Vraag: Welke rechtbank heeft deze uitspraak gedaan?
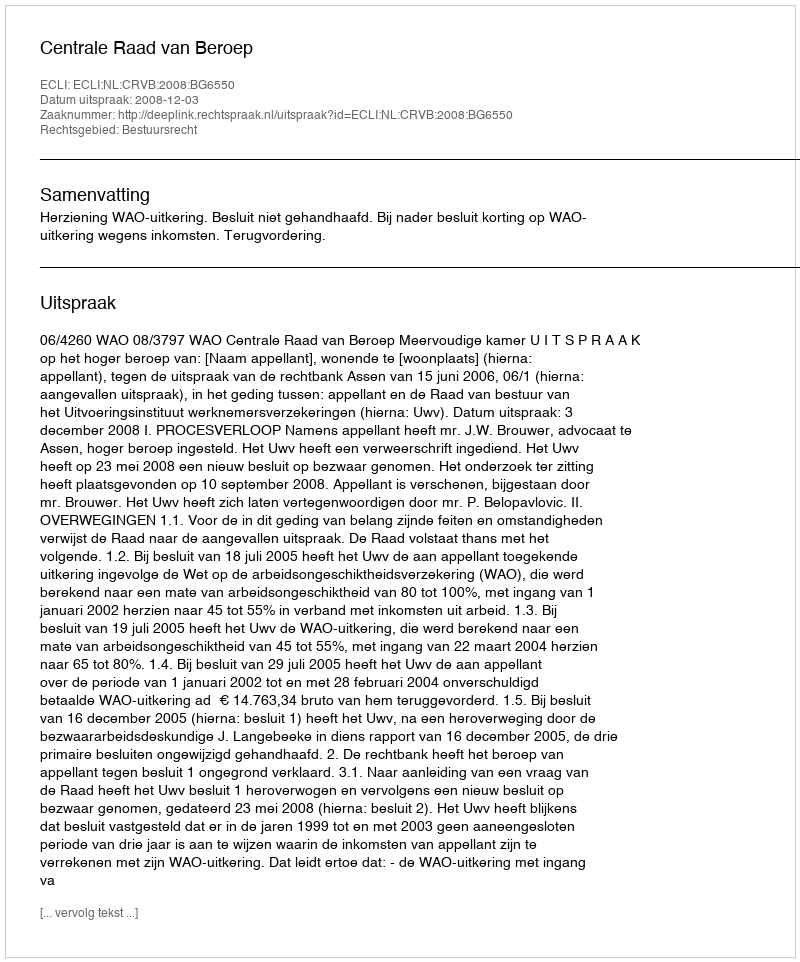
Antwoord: Centrale Raad van Beroep